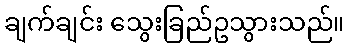
ချက်ချင်း သွေးခြည်ဥသွားသည်။